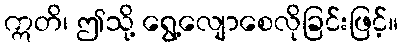
ဣတိ၊ ဤသို့ ရွေ့လျောစေလိုခြင်းဖြင့်။